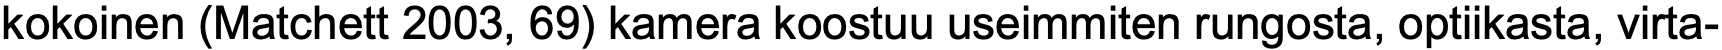
kokoinen (Matchett 2003, 69) kamera koostuu useimmiten rungosta, optiikasta, virta-